General report no. 6 on the lunatic asylums, vaccination and dispensaries in the Bengal Presidency, 1873 -
Year: 1873
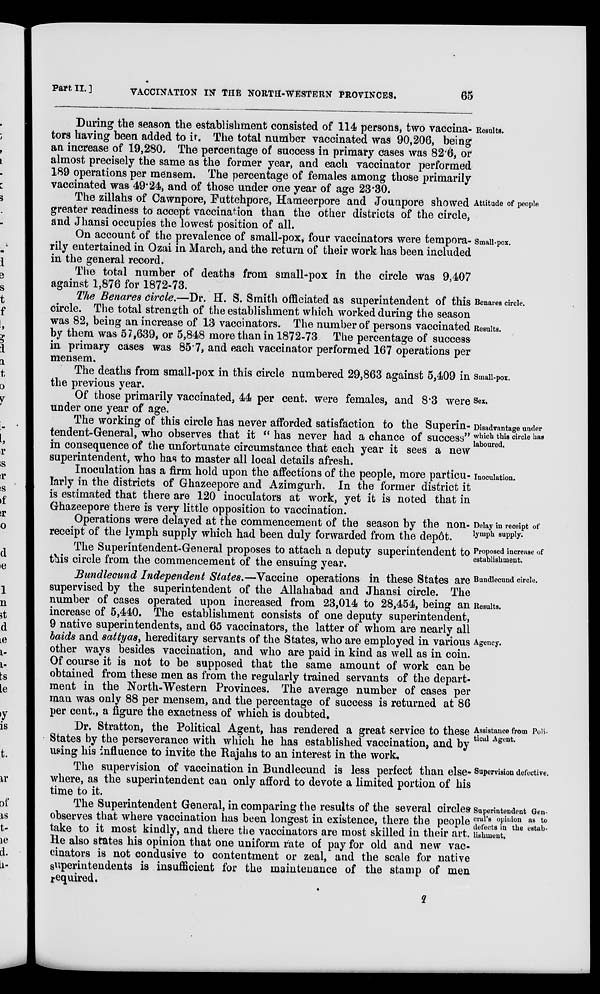
Part II.]
VACCINATION IN THE NORTH-WESTERN PROVINCES.
65
Results.
During the season the establishment consisted of 114 persons, two vaccina-
tors having been added to it. The total number vaccinated was 90,206, being
an increase of 19,280. The percentage of success in primary cases was 82.6, or
almost precisely the same as the former year, and each vaccinator performed
189 operations per mensem. The percentage of females among those primarily
vaccinated was 49.24, and of those under one year of age 23.30.
Attitude of people
The zillahs of Cawnpore, Futtehpore, Hameerpore and Jounpore showed
greater readiness to accept vaccination than the other districts of the circle,
and Jhansi occupies the lowest position of all.
Small-pox.
On account of the prevalence of small-pox, four vaccinators were tempora-
rily entertained in Ozai in March, and the return of their work has been included
in the general record.
The total number of deaths from small-pox in the circle was 9,407
against 1,876 for 1872-73.
Benares circle.
Results.
The Benares circle.—Dr. H. S. Smith officiated as superintendent of this
circle. The total strength of the establishment which worked during the season
was 82, being an increase of 13 vaccinators. The number of persons vaccinated
by them was 57,639, or 5,848 more than in 1872-73 The percentage of success
in primary cases was 85.7, and each vaccinator performed 167 operations per
mensem.
Small-pox.
The deaths from small-pox in this circle numbered 29,863 against 5,409 in
the previous year.
Sex.
Of those primarily vaccinated, 44 per cent. were females, and 8.3 were
under one year of age.
Disadvantage under
which this circle has
laboured.
The working of this circle has never afforded satisfaction to the Superin-
tendent-General, who observes that it " has never had a chance of success"
in consequence of the unfortunate circumstance that each year it sees a new
superintendent, who has to master all local details afresh.
Inoculation.
Inoculation has a firm hold upon the affections of the people, more particu-
larly in the districts of Ghazeepore and Azimgurh. In the former district it
is estimated that there are 120 inoculators at work, yet it is noted that in
Ghazeepore there is very little opposition to vaccination.
Delay in receipt of
lymph supply.
Operations were delayed at the commencement of the season by the non-
receipt of the lymph supply which had been duly forwarded from the dep6t.
Proposed increase of
establishment.
The Superintendent-General proposes to attach a deputy superintendent to
this circle from the commencement of the ensuing year.
Bundlecuud circle.
Results.
Agency.
Bundlecund Independent States.—Vaccine operations in these States are
supervised by the superintendent of the Allahabad and Jhansi circle. The
number of cases operated upon increased from 23,014 to 28,454, being an
increase of 5,440. The establishment consists of one deputy superintendent,
9 native superintendents, and 65 vaccinators, the latter of whom are nearly all
baids and sattyas, hereditary servants of the States, who are employed in various
other ways besides vaccination, and who are paid in kind as well as in coin.
Of course it is not to be supposed that the same amount of work can be
obtained from these men as from the regularly trained servants of the depart-
ment in the North-Western Provinces. The average number of cases per
man was only 88 per mensem, and the percentage of success is returned at 86
per cent., a figure the exactness of which is doubted.
Assistance from Poli-
tical Agent.
Dr. Stratton, the Political Agent, has rendered a great service to these
States by the perseverance with which he has established vaccination, and by
using his influence to invite the Rajahs to an interest in the work.
Supervision defective.
The supervision of vaccination in Bundlecund is less perfect than else-
where, as the superintendent can only afford to devote a limited portion of his
time to it.
Superintendent Gen-
eral's opinion as to
defects in the estab-
lishment.
The Superintendent General, in comparing the results of the several circles
observes that where vaccination has been longest in existence, there the people
take to it most kindly, and there the vaccinators are most skilled in their art.
He also states his opinion that one uniform rate of pay for old and new vac-
cinators is not condusive to contentment or zeal, and the scale for native
superintendents is insufficient for the maintenance of the stamp of men
required.